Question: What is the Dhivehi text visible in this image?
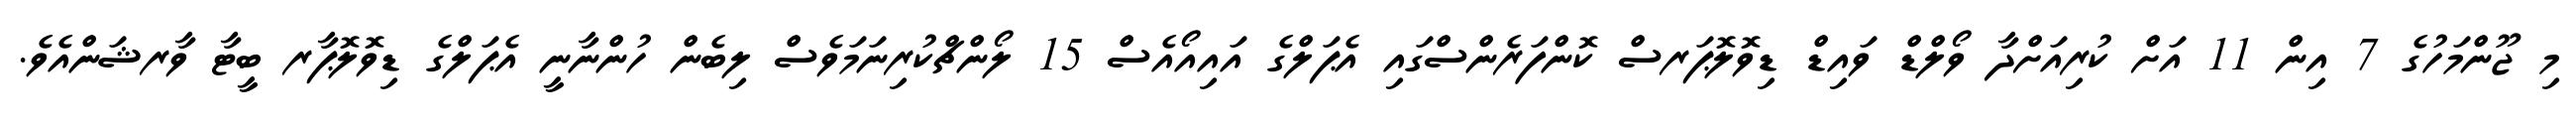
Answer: މި ޖޫންމަހުގެ 7 އިން 11 އަށް ކުރިއަށްދާ ވޯލްޑް ވައިޑް ޑިވޮލޮޕަރސް ކޮންފަރެންސްގައި އެޕަލްގެ އައިއޯއެސް 15 ލޯންޗްކުރިނަމަވެސް ލިބެން ހުންނާނީ އެޕަލްގެ ޑިވޮލޮޕާރ ބީޓާ ވާރޝަންއެވެ.